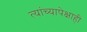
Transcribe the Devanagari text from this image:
त्यांच्यापेक्षाही